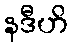
နဒီဟိ